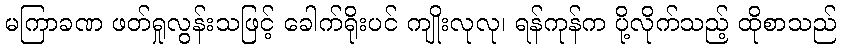
မကြာခဏ ဖတ်ရှုလွန်းသဖြင့် ခေါက်ရိုးပင် ကျိုးလုလု၊ ရန်ကုန်က ပို့လိုက်သည့် ထိုစာသည်